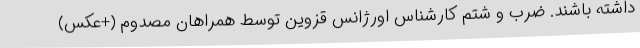
داشته باشند. ضرب و شتم کارشناس اورژانس قزوین توسط همراهان مصدوم (+عکس)